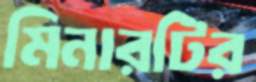
মিনারটির